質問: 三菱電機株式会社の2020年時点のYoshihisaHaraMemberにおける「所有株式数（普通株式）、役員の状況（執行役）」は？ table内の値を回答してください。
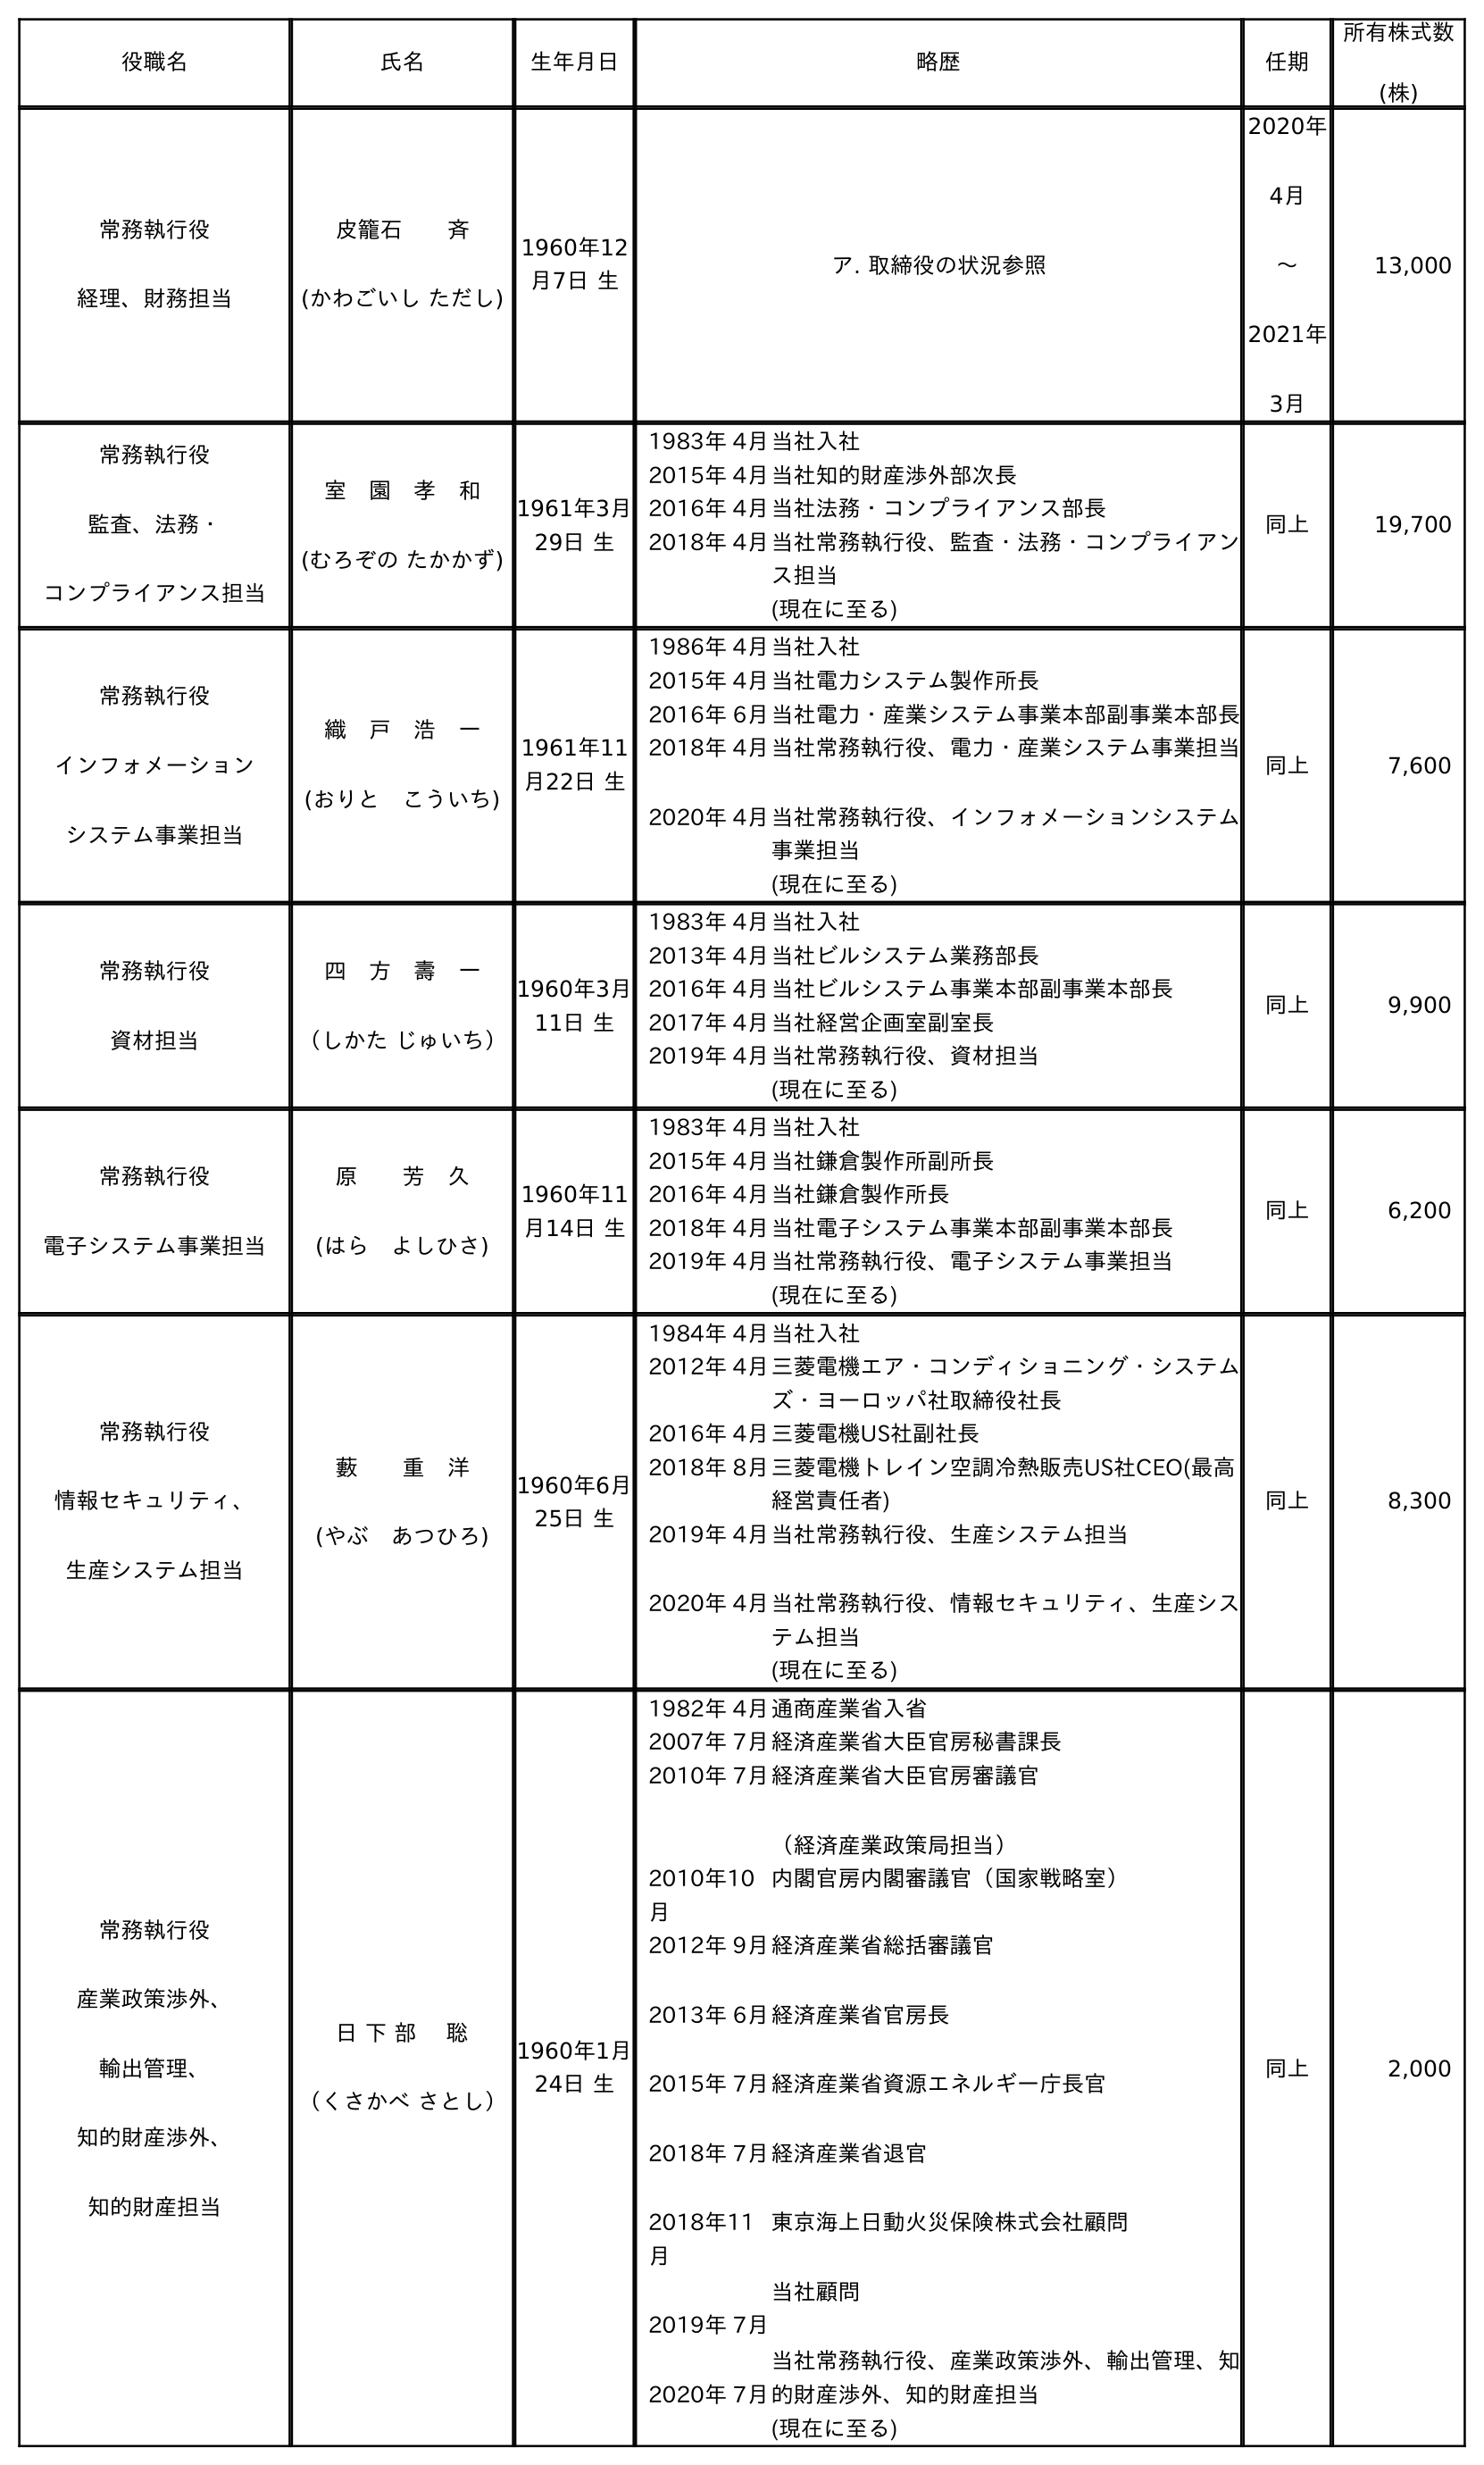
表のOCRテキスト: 役職名 氏名 生年月日 略歴 任期 所有株式数 (株) 常務執行役 経理、財務担当 皮籠石  斉 (かわごいし ただし) 1960年12 月7日 生 ア. 取締役の状況参照 2020年 4月 〜 2021年 3月 13,000 常務執行役 監査、法務・ コンプライアンス担当 室 園 孝 和 (むろぞの たかかず) 1961年3月 29日 生 1983年 4月当社入社 2015年 4月当社知的財産渉外部次長 2016年 4月当社法務・コンプライアンス部長 2018年 4月当社常務執行役、監査・法務・コンプライアン ス担当 (現在に至る) 同上 19,700 常務執行役 インフォメーション システム事業担当 織 戶 浩 一 (おりと こういち) 1961年11 月22日 生 1986年 4月当社入社 2015年 4月当社電力システム製作所長 2016年 6月当社電力・産業システム事業本部副事業本部長 2018年 4月 2020年 4月 当社常務執行役、電力・産業システム事業担当 当社常務執行役、インフォメーションシステム 事業担当 (現在に至る) 同上 7,600 常務執行役 資材担当 四 方 壽 一 （しかた じゅいち） 1960年3月 11日 生 1983年 4月当社入社 2013年 4月当社ビルシステム業務部長 2016年 4月当社ビルシステム事業本部副事業本部長 2017年 4月当社経営企画室副室長 2019年 4月当社常務執行役、資材担当 (現在に至る) 同上 9,900 常務執行役 電子システム事業担当 原  芳 久 (はら よしひさ) 1960年11 月14日 生 1983年 4月当社入社 2015年 4月当社鎌倉製作所副所長 2016年 4月当社鎌倉製作所長 2018年 4月当社電子システム事業本部副事業本部長 2019年 4月当社常務執行役、電子システム事業担当 (現在に至る) 同上 6,200 常務執行役 情報セキュリティ、 生産システム担当 藪  重 洋 (やぶ あつひろ) 1960年6月 25日 生 1984年 4月当社入社 2012年 4月三菱電機エア・コンディショニング・システム ズ・ヨーロッパ社取締役社長 2016年 4月三菱電機US社副社長 2018年 8月三菱電機トレイン空調冷熱販売US社CEO(最高 経営責任者) 2019年 4月 2020年 4月 当社常務執行役、生産システム担当 当社常務執行役、情報セキュリティ、生産シス テム担当 (現在に至る) 同上 8,300 常務執行役 産業政策渉外、 輸出管理、 知的財産渉外、 知的財産担当 日 下 部  聡 （くさかべ さとし） 1960年1月 24日 生 1982年 4月通商産業省入省 2007年 7月経済産業省大臣官房秘書課長 2010年 7月経済産業省大臣官房審議官 （経済産業政策局担当） 2010年10 月 内閣官房内閣審議官（国家戦略室） 2012年 9月 2013年 6月 2015年 7月 2018年 7月 2018年11 月 2019年 7月 2020年 7月 経済産業省総括審議官 経済産業省官房長 経済産業省資源エネルギー庁長官 経済産業省退官 東京海上日動火災保険株式会社顧問 当社顧問 当社常務執行役、産業政策渉外、輸出管理、知 的財産渉外、知的財産担当 (現在に至る) 同上 2,000
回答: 6,200